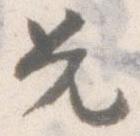
兄